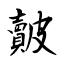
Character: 皾